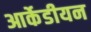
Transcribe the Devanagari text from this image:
आर्केडीयन